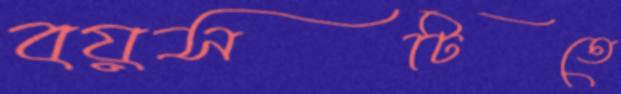
বয়সটিতে